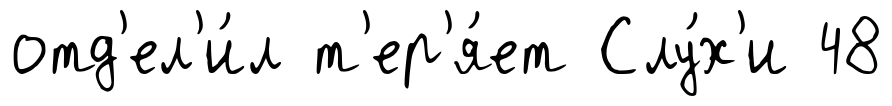
отд'ел'и́л т'ер'я́ет Слу́х'и 48